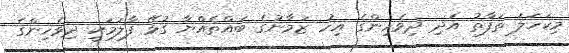
މިކަހަލަ ތަފާތު އަދި ދިވެހިންގެ އިހު ޒަމާނުގެ ބައްތެއްޔާ ގުޅޭ ފާލަމަކީ ދިވެހިންގެ